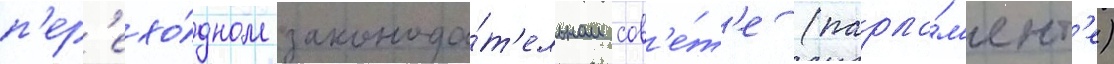
п'ер'ехо́дном законода́т'ельном сов'е́т'е (парла́м'ент'е)